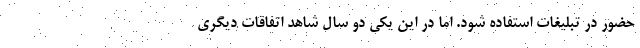
حضور در تبلیغات استفاده شود. اما در این یکی دو سال شاهد اتفاقات دیگری